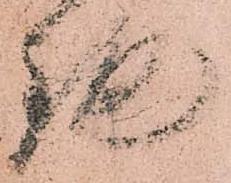
鉋